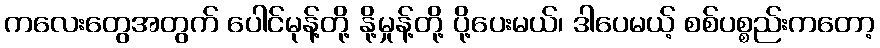
ကလေးတွေအတွက် ပေါင်မုန့်တို့ နို့မှုန့်တို့ ပို့ပေးမယ်၊ ဒါပေမယ့် စစ်ပစ္စည်းကတော့